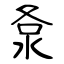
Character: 洜